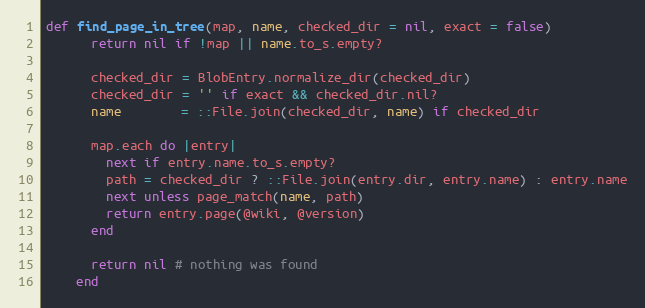
Language: Ruby
def find_page_in_tree(map, name, checked_dir = nil, exact = false)
      return nil if !map || name.to_s.empty?

      checked_dir = BlobEntry.normalize_dir(checked_dir)
      checked_dir = '' if exact && checked_dir.nil?
      name        = ::File.join(checked_dir, name) if checked_dir

      map.each do |entry|
        next if entry.name.to_s.empty?
        path = checked_dir ? ::File.join(entry.dir, entry.name) : entry.name
        next unless page_match(name, path)
        return entry.page(@wiki, @version)
      end

      return nil # nothing was found
    end